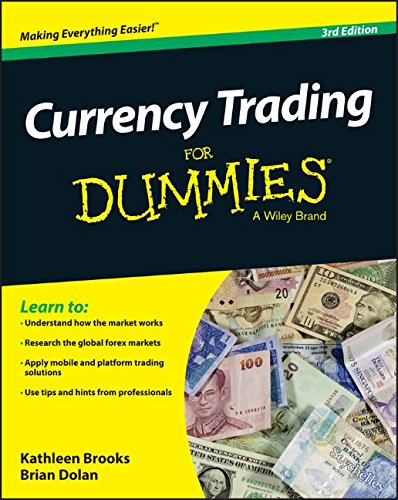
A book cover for Currency Trading For Dummies; Kathleen Brooks; Business & Money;